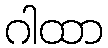
ဂါထာ